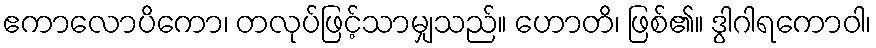
ဧကာလောပိကော၊ တလုပ်ဖြင့်သာမျှသည်။ ဟောတိ၊ ဖြစ်၏။ ဒွါဂါရကောဝါ၊